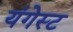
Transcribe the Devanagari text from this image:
यंगेस्ट